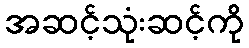
အဆင့်သုံးဆင့်ကို